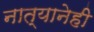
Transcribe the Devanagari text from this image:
नात्यानेही